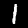
Label: 1